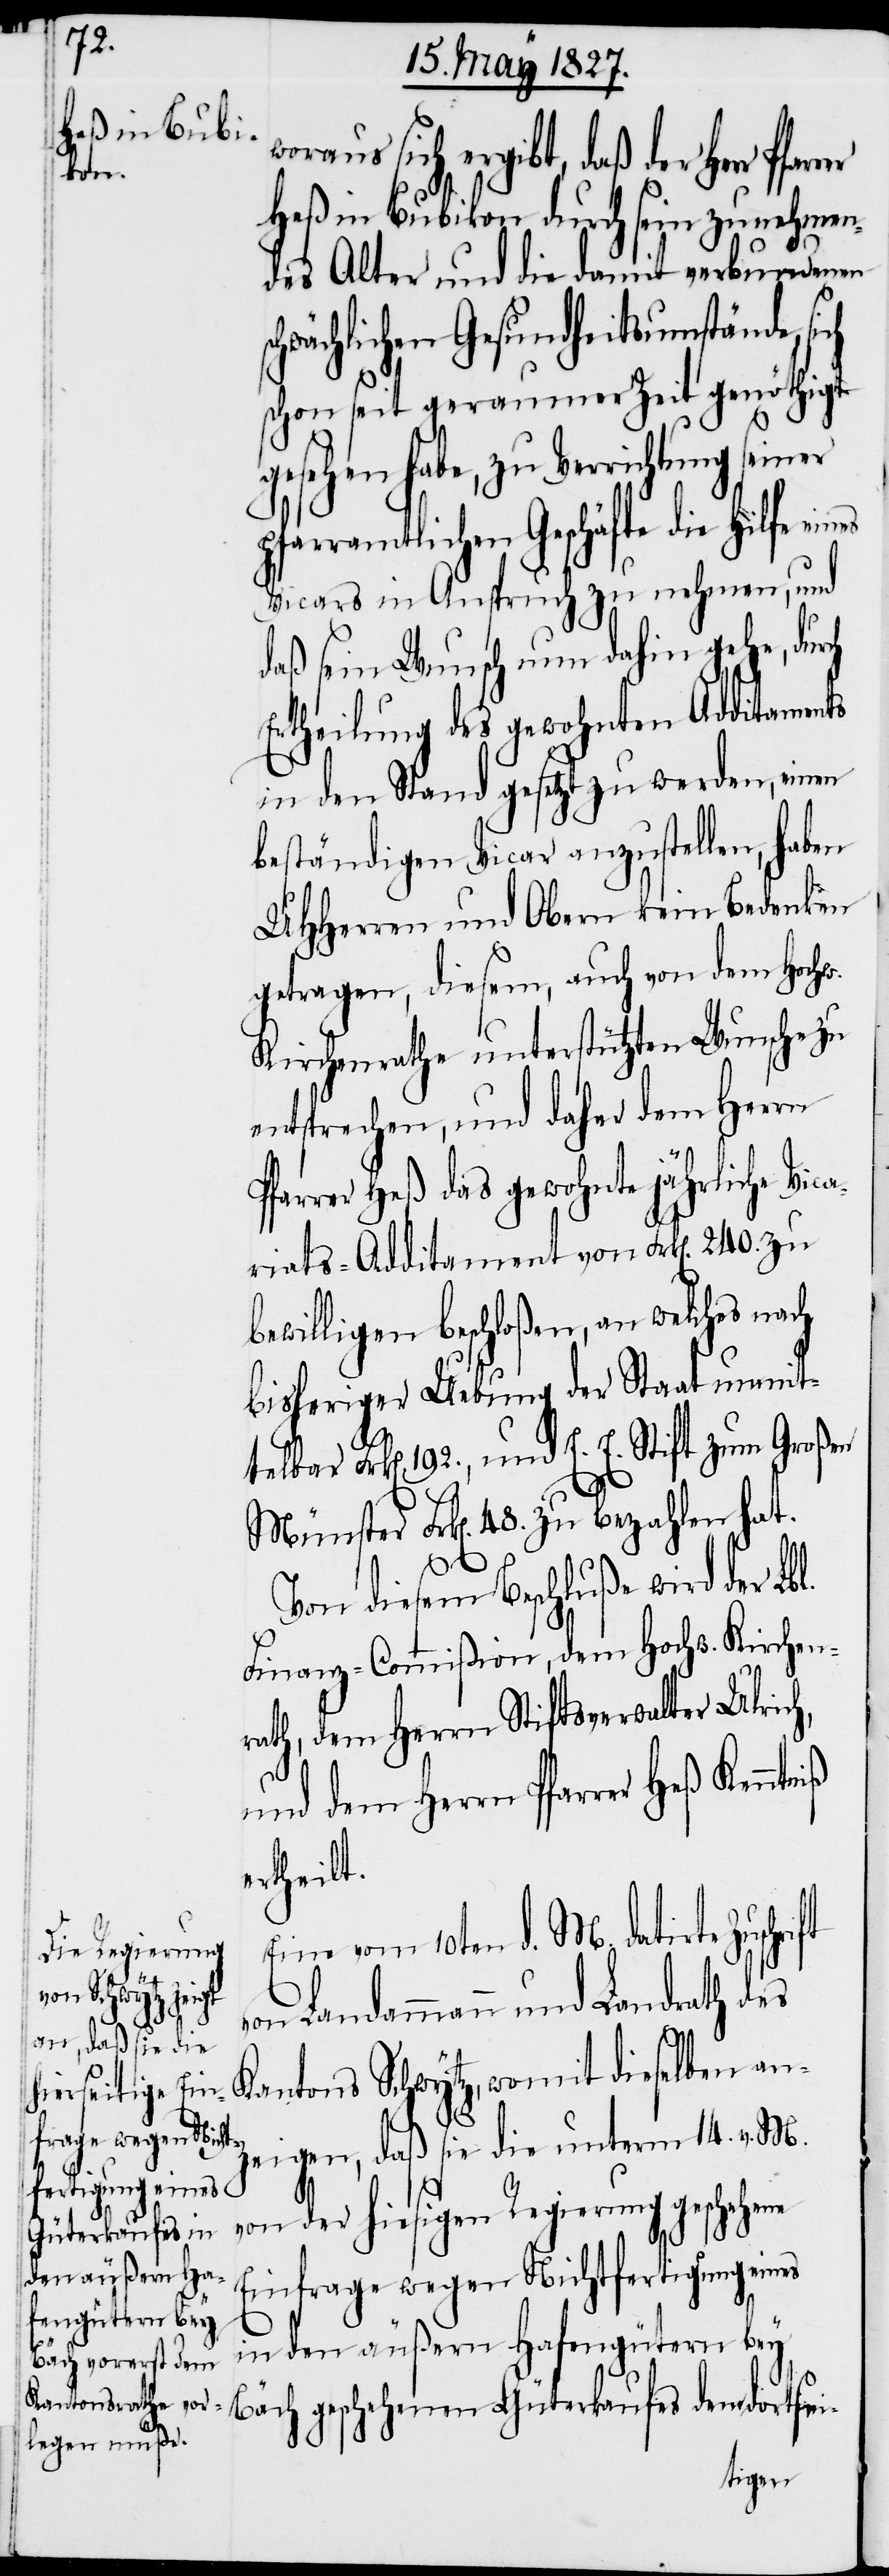
ch

woraus sich ergibt, daß der Herr
Heß in Bubikon durch sein zunehmen¬
des Alter und die damit verbundenen
chwächlichen Gesundheitsumstände,
schon seit geraumer Zeit genöthigt
gesehen habe, zu Verrichtung
farramtlichen Geschäfte die
Vicars in Anspruch zu nehmen, und
daß sein Wunsch nun dahin gehe, dur¬
Ertheilung des gewohnten Additaments
in den Stand gesetzt zu werden, einen
beständigen Vicar anzustellen, haben
UHHerren und Obern kein Bedenken
getragen, diesem, auch von dem Hochw.
Kirchenrathe unterstützten Wunsche zu
entsprechen, und daher dem Herrn
Pfarrer Heß das gewohnte jährliche Vica¬
riats-Additament von Frk[en]. 240. zu
bewilligen beschloßen, an welches nach
bisheriger Uebung der Staat unmit¬
telbar Frk[en]. 192., und E. E. Stift zum Großen
Münster Frk[en]. 48. zu bezahlen hat.
Von diesem Beschluße wird der Lbl.
Finanz-Commißion, dem Hochw. Kirchen¬
rath, dem Herrn Stiftsverwalter Ulrich,
und dem Herrn Pfarrer Heß
ertheilt.
Eine vom 10ten d. M. datirte
von Landammann und Landrath des
Kantons Schwytz, womit dieselben an¬
zeigen, daß sie die unterm 14. v. M.
von der hiesigen Regierung geschehene
Einfrage wegen Nichtfertigung eines
in den äußern Hafengütern bey
Bäch geschehenen Güterkaufes dem dortsei-